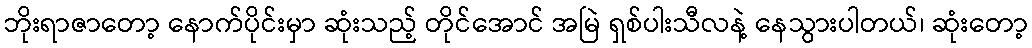
ဘိုးရာဇာတော့ နောက်ပိုင်းမှာ ဆုံးသည့် တိုင်အောင် အမြဲ ရှစ်ပါးသီလနဲ့ နေသွားပါတယ်၊ ဆုံးတော့